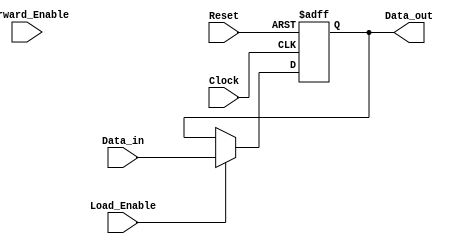
module ForwardingRegister (
    input wire [31:0] Data_in,      // Input data bus
    input wire Forward_Enable,       // Control signal to enable forwarding
    input wire Load_Enable,          // Control signal to enable loading data
    input wire Clock,                // Clock signal
    input wire Reset,                // Asynchronous reset signal
    output reg [31:0] Data_out       // Output data bus
);

// Asynchronous reset behavior
always @(posedge Clock or posedge Reset) begin
    if (Reset) begin
        Data_out <= 32'b0;          // Reset output to zero
    end else begin
        if (Load_Enable) begin
            Data_out <= Data_in;    // Load new data into the register
        end else if (Forward_Enable) begin
            // Maintain current value of Data_out (forwarding)
            Data_out <= Data_out;   // No change, forwarding current value
        end
        // If neither Load_Enable nor Forward_Enable is asserted, hold the previous value
    end
end

endmodule